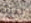
بنية